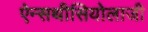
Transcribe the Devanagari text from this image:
ऐन्सथीसियोलाजी